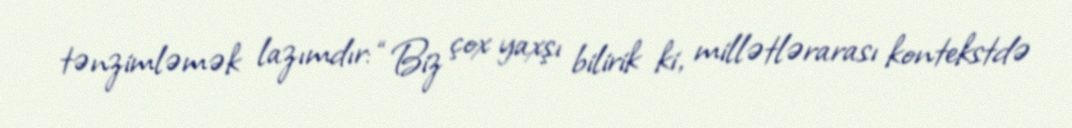
tənzimləmək lazımdır: “Biz çox yaxşı bilirik ki, millətlərarası kontekstdə